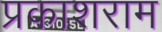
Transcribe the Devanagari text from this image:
प्रकाशराम